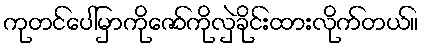
ကုတင်ပေါ်မှာကိုဇော်ကိုလှဲခိုင်းထားလိုက်တယ်။